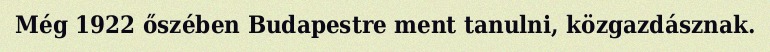
Még 1922 őszében Budapestre ment tanulni, közgazdásznak.